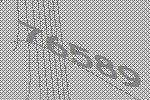
76589